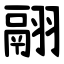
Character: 翮